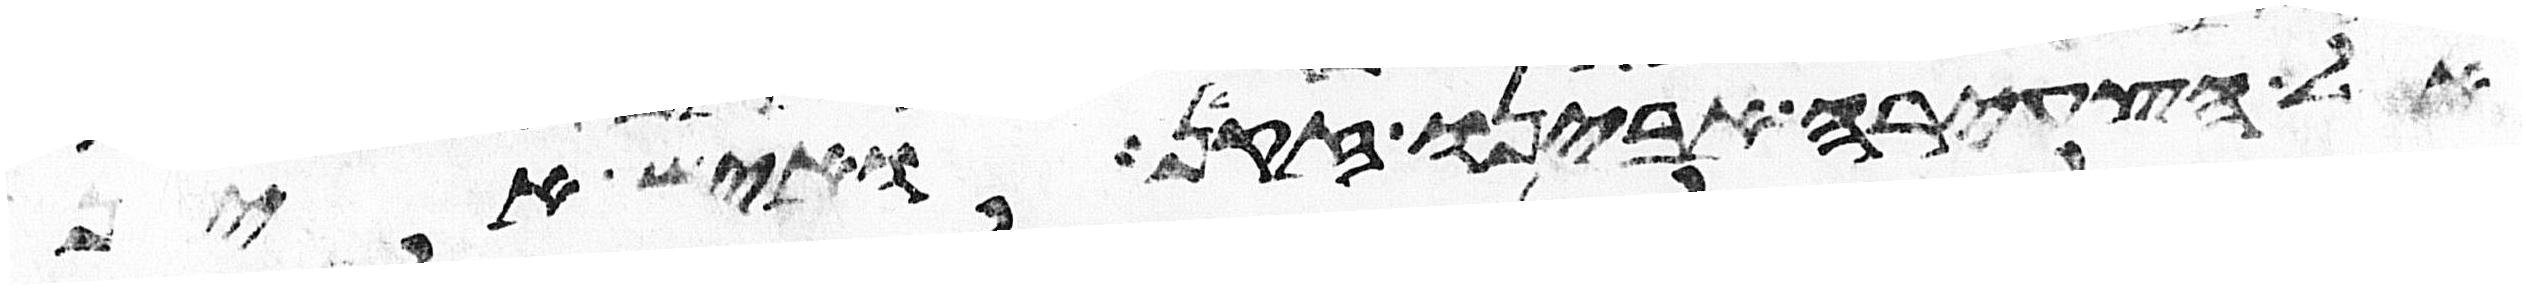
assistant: אל הצעירה אבינו זקן ואיש אין